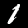
Label: 1